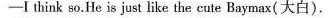
──I think so.He is just like the cute Baymax(大白).